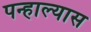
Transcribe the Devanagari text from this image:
पन्हाल्यास